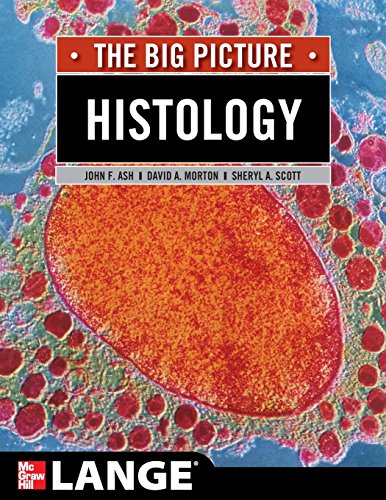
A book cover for Histology: The Big Picture (LANGE The Big Picture); John Ash; Medical Books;